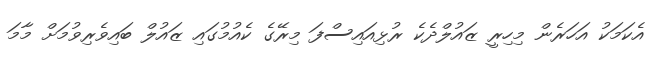
އެކަމަކު އަހަރެން މިހިރީ ޒައުލްދެކެ ރުޅިއައިސްފަ މިރޭގެ ކެއުމުގައި ޒައުލް ބައިވެރިވުމަށް މާމަ